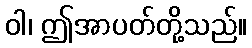
ဝါ၊ ဤအာပတ်တို့သည်။